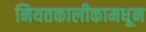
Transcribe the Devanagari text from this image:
नियतकालीकामधून